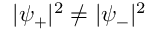
{ | \psi _ { + } | ^ { 2 } \neq | \psi _ { - } | ^ { 2 } }